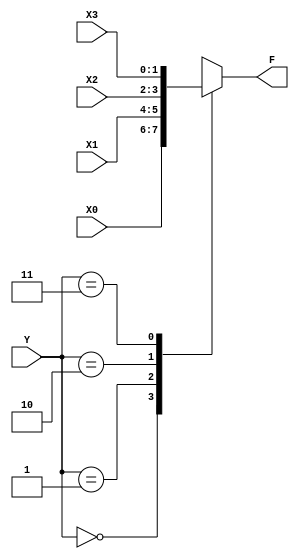
`timescale 1ns/10ps  ///

 module mux41_2(
	input [1:0] X0,
	input [1:0] X1,
	input [1:0] X2,
	input [1:0] X3,
	input [1:0] Y,
	output reg [1:0] F
	);

//add your code here

always @ (*)

   case(Y)
	0:F=X0;
	1:F=X1;
	2:F=X2;
	3:F=X3;
	default:F=1'b0;
	endcase
	



/*   begin 
	if(Y==2'b00)
	F=X0;
	else if(Y==2'b01)
	F=X1;
	else if(Y==2'b10)
	F=X2;
	else 
	F=X3;
	
	end */



endmodule

// testbench
module mux41_2_tb;

reg [1:0] X0;
reg [1:0] X1;
reg [1:0] X2;
reg [1:0] X3;
reg [1:0] Y;
wire [1:0] F;

mux41_2 mux41_2(
   .X0(X0),
	.X1(X1),
	.X2(X2),
	.X3(X3),
	.Y(Y),
	.F(F)
);

initial begin

    X0=0; X1=1; X2=2; X3=3; Y=0;
#10 X0=0; X1=1; X2=2; X3=3; Y=1;
#10 X0=0; X1=1; X2=2; X3=3; Y=2;
#10 X0=0; X1=1; X2=2; X3=3; Y=3;
#10 X0=0; X1=1; X2=2; X3=0; Y=3;
#10 X0=0; X1=1; X2=3; X3=0; Y=2;   

end

endmodule